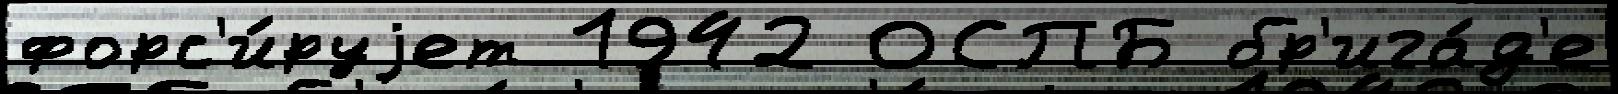
форс'и́руjет 1942 ОСПБ бр'ига́д'е